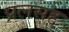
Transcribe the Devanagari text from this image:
प्रलसद्द